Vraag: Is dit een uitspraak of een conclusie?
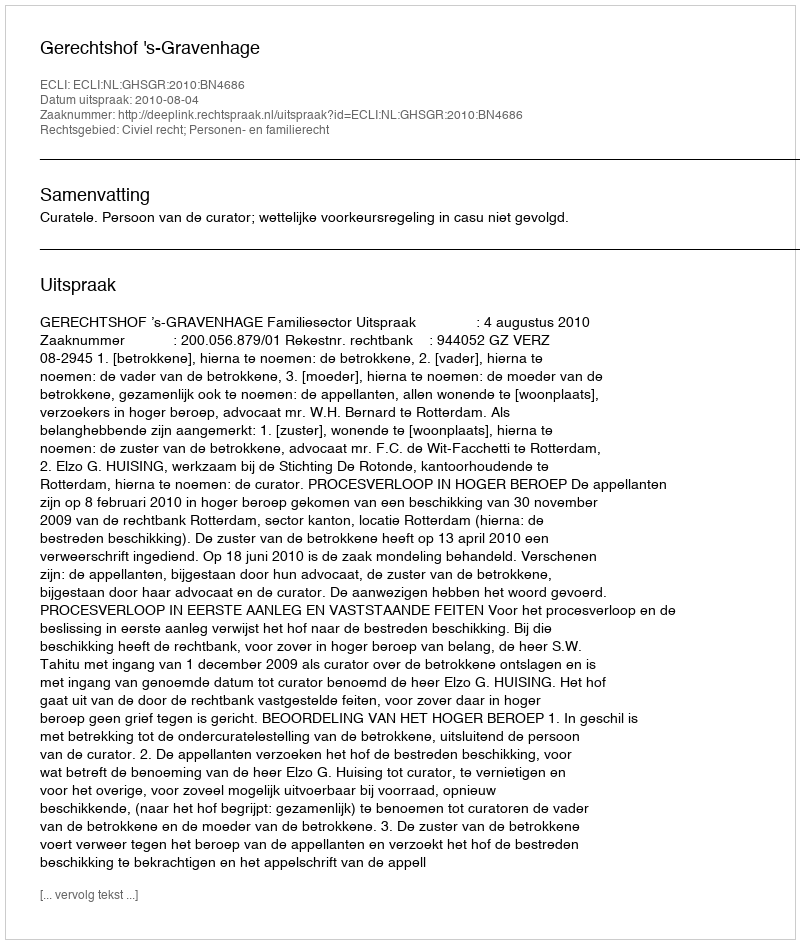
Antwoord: Uitspraak